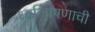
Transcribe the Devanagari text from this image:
ध्वनिप्रेषणाची